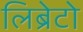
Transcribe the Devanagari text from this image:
लिब्रेटो